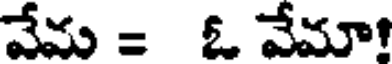
వేమ = ఓ వేమా!